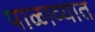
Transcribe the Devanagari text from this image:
पाळाव्यात